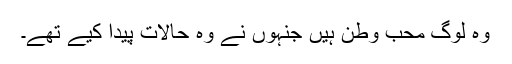
وہ لوگ محب وطن ہیں جنہوں نے وہ حالات پیدا کیے تھے۔